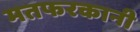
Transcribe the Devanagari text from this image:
मतफरकानी